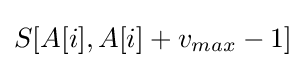
S[A[i],A[i]+v_{max}-1]